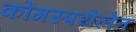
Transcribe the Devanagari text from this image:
कोंगस्पयेलेत